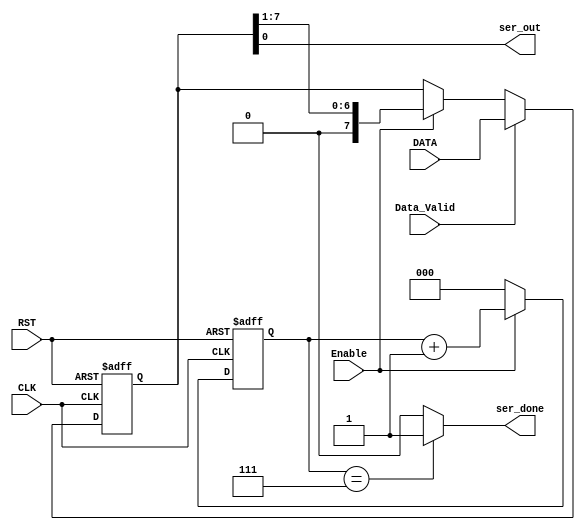

module Serializer # ( parameter WIDTH = 8 )

(
 input   wire                  CLK,
 input   wire                  RST,
 input   wire   [WIDTH-1:0]    DATA,
 input   wire                  Enable, 
 input   wire                  Data_Valid, 
 output  wire                  ser_out,
 output  wire                  ser_done
);

reg  [WIDTH-1:0]    DATA_V ;
reg  [2:0]          ser_count ;
              
//isolate input 
always @ (posedge CLK or negedge RST)
 begin
  if(!RST)
   begin
    DATA_V <= 'b0 ;
   end
  else if(Data_Valid)
   begin
    DATA_V <= DATA ;
   end	
  else if(Enable)
   begin
    DATA_V <= DATA_V >> 1 ;         // shift register
   end
 end
 

//counter
always @ (posedge CLK or negedge RST)
 begin
  if(!RST)
   begin
    ser_count <= 'b0 ;
   end
  else
   begin
    if (Enable)
	 begin
      ser_count <= ser_count + 'b1 ;		 
	 end
	else 
	 begin
      ser_count <= 'b0 ;		 
	 end	
   end
 end 

assign ser_done = (ser_count == 'b111) ? 1'b1 : 1'b0 ;

assign ser_out = DATA_V[0] ;

endmodule